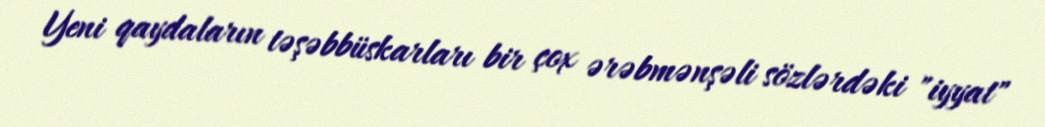
Yeni qaydaların təşəbbüskarları bir çox ərəbmənşəli sözlərdəki "iyyat"